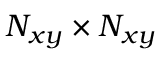
N _ { x y } \times N _ { x y }